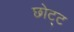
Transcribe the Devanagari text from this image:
छोट्ट